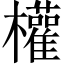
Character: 權